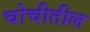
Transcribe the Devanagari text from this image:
चोचीतील